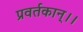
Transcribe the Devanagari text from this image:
प्रवर्तकान्।।